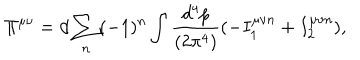
LaTeX: \Pi ^ { \mu \nu } = d \sum _ { n } ( - 1 ) ^ { n } \int { \frac { d ^ { 4 } p } { ( 2 \pi ^ { 4 } ) } } ( - I _ { 1 } ^ { \mu \nu n } + I _ { 2 } ^ { \mu \nu n } ) ,